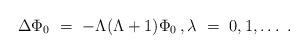
LaTeX: \begin{align*}\Delta\Phi_0\ =\ -\Lambda(\Lambda+1)\Phi_0\,, \lambda\ =\ 0,1,\ldots\ .\end{align*}